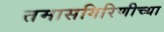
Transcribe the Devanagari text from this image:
तमासगिरिणीच्या